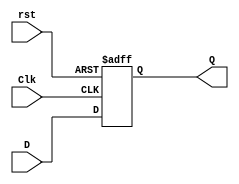
// Description of D flip-flop
// with active-low asynchronous reset 

module D_flip_flop_AR (Q, D, Clk, rst);
  output 	Q;
  input	D, Clk, rst;
  reg 	Q;

  always @ (posedge Clk, negedge rst)	
    if (rst == 0) Q <= 1'b0;
    else Q <= D;	 
endmodule